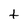
Character: t